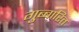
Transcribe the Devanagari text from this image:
गुब्बारित